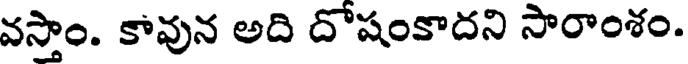
వస్తాం. కావున అది దోషంకాదని సారాంశం.